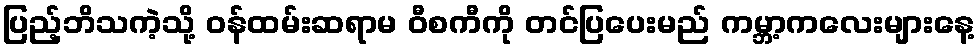
ပြည့်ဘိသကဲ့သို့ ဝန်ထမ်းဆရာမ ဝီစကီကို တင်ပြပေးမည် ကမ္ဘာ့ကလေးများနေ့